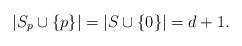
LaTeX: \begin{align*}|S_p\cup\{p\}|=|S\cup\{0\}|=d+1.\end{align*}